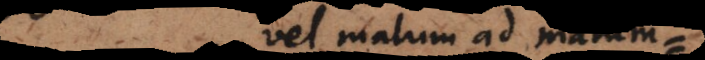
vel malum ad malum